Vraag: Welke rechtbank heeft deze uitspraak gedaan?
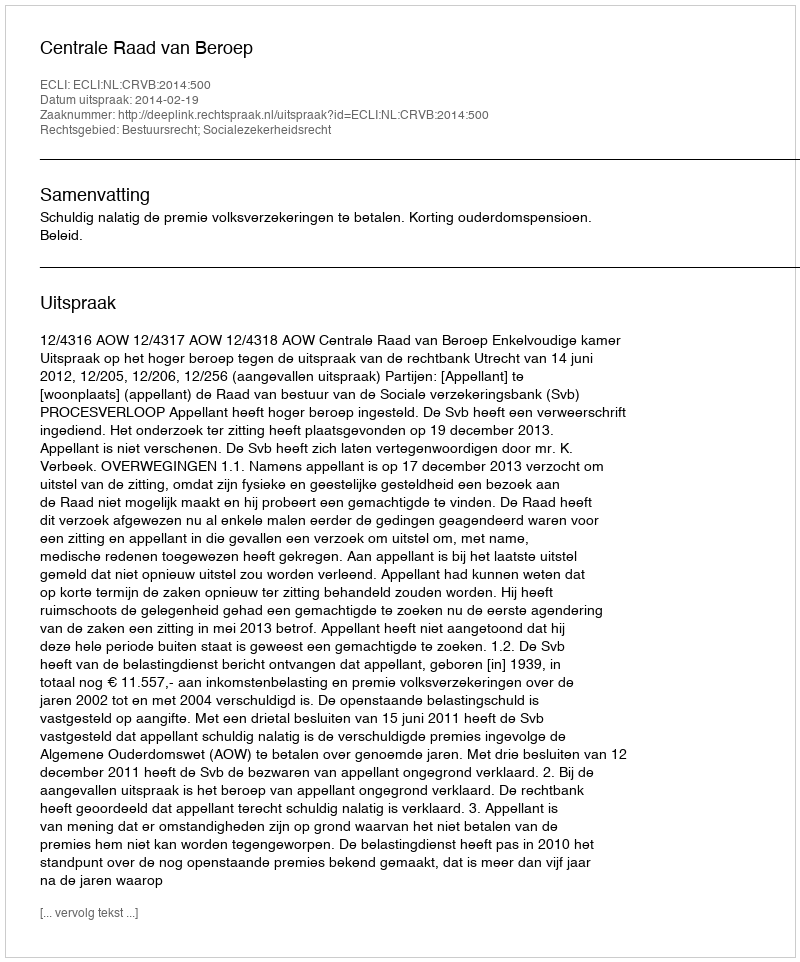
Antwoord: Centrale Raad van Beroep